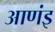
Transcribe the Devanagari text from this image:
आणंइ